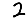
Digit: 2